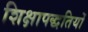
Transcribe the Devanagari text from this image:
शिक्षापद्धतियों